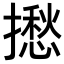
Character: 𢶲